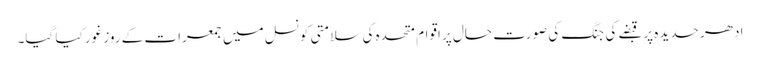
ادھر حدیدہ پر قبضے کی جنگ کی صورت حال پر اقوام متحدہ کی سلامتی کونسل میں جمعرات کے روز غور کیا گیا۔